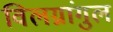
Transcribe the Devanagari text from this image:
विलग्नांगुल